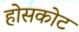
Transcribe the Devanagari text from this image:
होसकोट